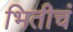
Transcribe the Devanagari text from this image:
भितीचं